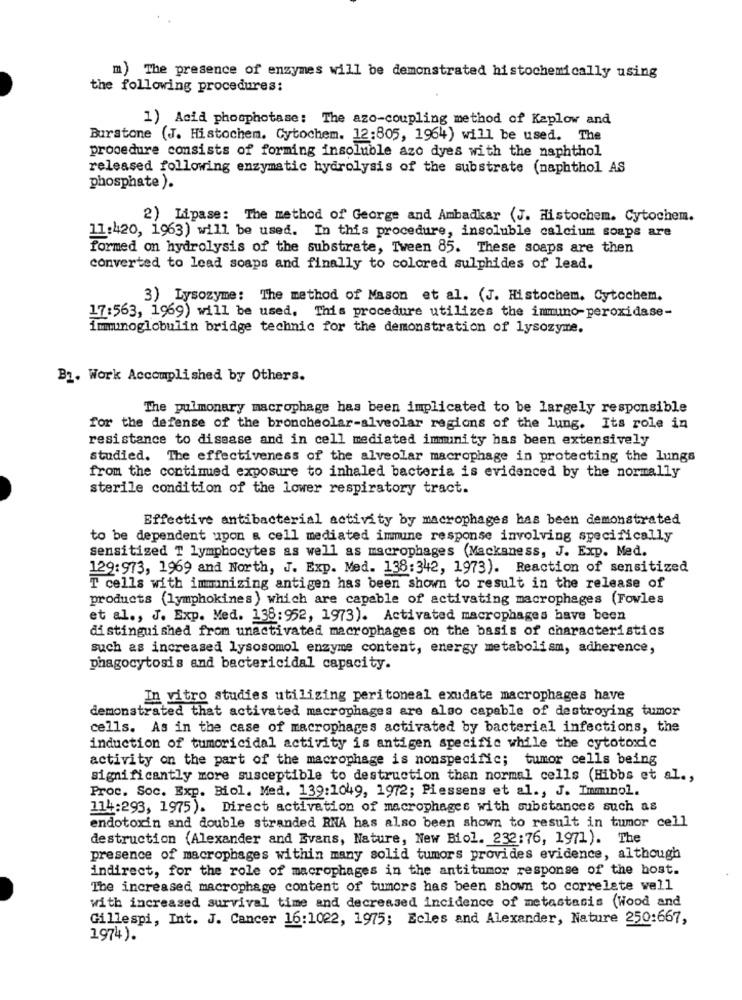
m) The presence of enzymes will be demonstrated histochemically using
the following procedures:
1) Acid phosphotase: The azo-coupling method of Kaplow and
Burstone (J. Histochem. Cytochem. 12:805, 1964) will be used. The
procedure consists of forming insoluble azo dyes with the naphthol
released following enzymatic hydrolysis of the substrate (naphthol AS
phosphate ).
2) Lipase: The method of George and Ambadkar (J. Histochem. Cytochem.
11:420, 1963) will be used. In this procedure, insoluble calcium soaps are
formed on hydrolysis of the substrate, Tween 85. These soaps are then
converted to lead soaps and finally to colored sulphides of lead.
3) Lysozyme: The method of Mason et al. (J. Histochem. Cytochem.
17:563, 1969) will be used. This procedure utilizes the inmuno-peroxidase-
immunoglobulin bridge technic for the demonstration of lysozyme.
B1. Work Accomplished by Others.
The pulmonary macrophage has been implicated to be largely responsible
for the defense of the broncheolar-alveolar regions of the lung. Its role in
resistance to disease and in cell mediated immunity has been extensively
studied. The effectiveness of the alveolar macrophage in protecting the lungs
from the continued exposure to inhaled bacteria is evidenced by the normally
sterile condition of the lower respiratory tract.
Effective antibacterial activity by macrophages has been demonstrated
to be dependent upon a cell mediated immune response involving specifically
sensitized T lymphocytes as well as macrophages (Mackaness, J. Exp. Med.
129:973, 1969 and North, J. Exp. Med. 138:342, 1973). Reaction of sensitized
T cells with immunizing antigen has been shown to result in the release of
products (lymphokines ) which are capable of activating macrophages (Fowles
et al ., J. Exp. Med. 138:952, 1973). Activated macrophages have been
distinguished from unactivated macrophages on the basis of characteristics
such as increased lysosomol enzyme content, energy metabolism, adherence,
phagocytosis and bactericidal capacity.
In vitro studies utilizing peritoneal exudate macrophages have
demonstrated that activated macrophages are also capable of destroying tumor
cells. As in the case of macrophages activated by bacterial infections, the
induction of tumoricidal activity is antigen specific while the cytotoxic
activity on the part of the macrophage is nonspecific; tumor cells being
significantly more susceptible to destruction than normal cells (Hibbs et al .,
Proc. Soc. Exp. Biol. Med. 139:1049, 1972; Piessens et al ., J. Imminol.
114:293, 1975). Direct activation of macrophages with substances such as
endotoxin and double stranded RNA has also been shown to result in tumor cell
destruction (Alexander and Evans, Nature, New Biol. 232:76, 1971). The
presence of macrophages within many solid tumors provides evidence, although
indirect, for the role of macrophages in the antitumor response of the host.
The increased macrophage content of tumors has been shown to correlate well
with increased survival time and decreased incidence of metastasis (Wood and
Gillespi, Int. J. Cancer 16:1022, 1975; Ecles and Alexander, Nature 250:667,
1974).